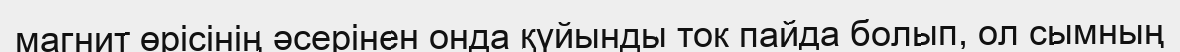
магнит өрісінің әсерінен онда қүйынды ток пайда болып, ол сымның